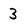
Character: 3